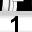
Digit: 1